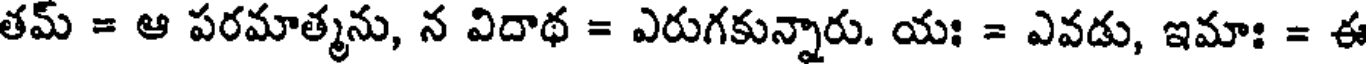
తమ్ = ఆ పరమాత్మను, న విదాథ = ఎరుగకున్నారు. యః = ఎవడు, ఇమాః = ఈ